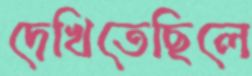
দেখিতেছিলে